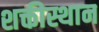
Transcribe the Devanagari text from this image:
शक्तीस्थान